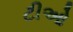
ટીઓ